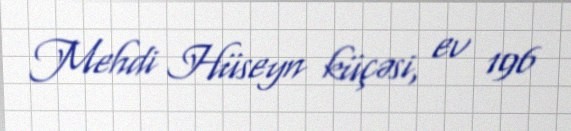
Mehdi Hüseyn küçəsi, ev 196